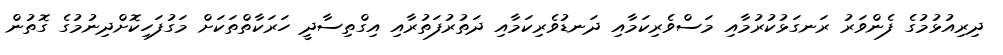
ދިރިއުޅުމުގެ ފެންވަރު ރަނގަޅުކުރުމާއި މަސްވެރިކަމާއި ދަނޑުވެރިކަމާއި ދަތުރުފަތުރާއި އިގްތިސާދީ ހަރަކާތްތަކަށް މަގުފަހިކޮށްދިނުމުގެ ގޮތުން